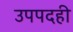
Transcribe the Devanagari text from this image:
उपपदही